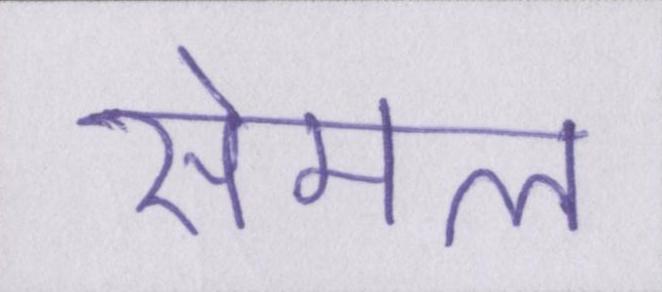
सेमल